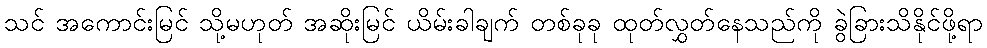
သင် အကောင်းမြင် သို့မဟုတ် အဆိုးမြင် ယိမ်းခါချက် တစ်ခုခု ထုတ်လွှတ်နေသည်ကို ခွဲခြားသိနိုင်ဖို့ရာ